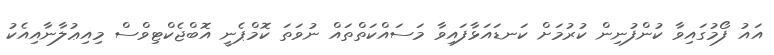
އައު ފޯމުގައިވާ ކުންފުނިން ކުރުމަށް ކަނޑައަޅާފައިވާ މަސައްކަތްތައް ނުވަތަ ކޮމްޕެނީ އޮބްޖެކްޓިވްސް މިއިޢުލާނާއިއެކު